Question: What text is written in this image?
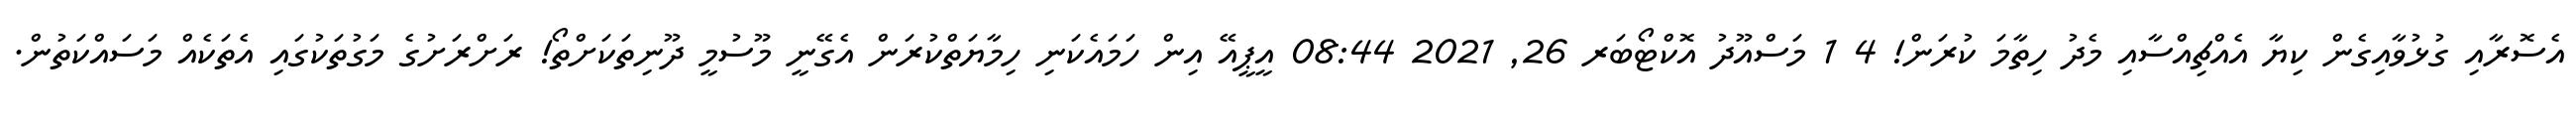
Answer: އެސޮރާއި ގުޅުވާއިގެން ކިޔާ އެއްޗިއްސާއި މެދު ހިތާމަ ކުރަން! 4 1 މަސްއޫދު އޮކްޓޯބަރ 26, 2021 08:44 އީޕީއޭ އިން ހަމައެކަނި ހިމާޔަތްކުރަން އެގޭނީ މޫސުމީ ދޫނިތަކަށްތޯ! ރަށްރަށުގެ މަގުތަކުގައި އެތަކެއް މަސައްކަތުން.